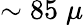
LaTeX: \sim 85\; \mu